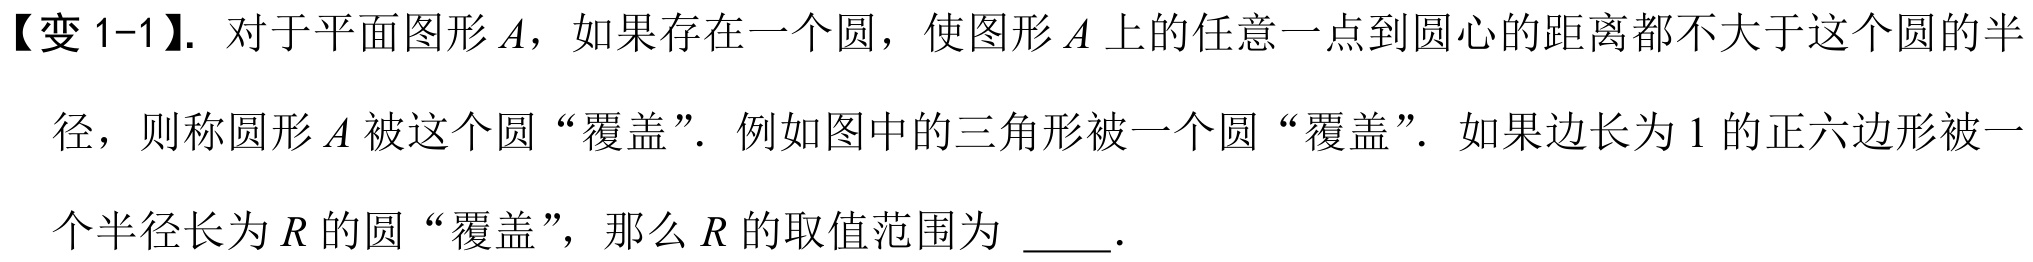
【变 1-1】. 对于平面图形\(A\)，如果存在一个圆，使图形\(A\)上的任意一点到圆心的距离都不大于这个圆的半
径，则称圆形\(A\)被这个圆“覆盖”. 例如图中的三角形被一个圆“覆盖”. 如果边长为\(1\)的正六边形被一
个半径长为\(R\)的圆“覆盖”，那么\(R\)的取值范围为 \(\underline{\quad\quad}\).